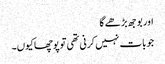
اور بوجھ بڑھے گا
جو بات نہیں کرنی تھی توپوچھاکیوں۔